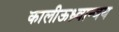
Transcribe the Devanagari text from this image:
कालीऊध्र्वान्वय